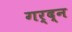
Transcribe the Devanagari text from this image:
गर्द्न